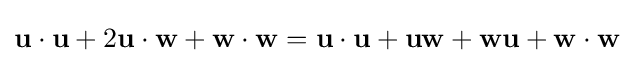
\mathbf {u} \cdot \mathbf {u} +2\mathbf {u} \cdot \mathbf {w} +\mathbf {w} \cdot \mathbf {w} =\mathbf {u} \cdot \mathbf {u} +\mathbf {u} \mathbf {w} +\mathbf {w} \mathbf {u} +\mathbf {w} \cdot \mathbf {w}